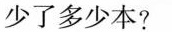
少了多少本?